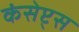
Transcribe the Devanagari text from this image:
कंसेप्ट्स